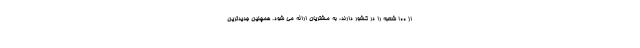
از ۱۰۰ شعبه را در کشور دارند، به مشتریان ارائه می شود. همچنین جدیدترین